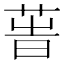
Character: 𦱗